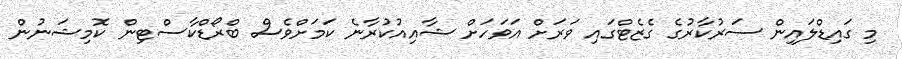
މި ގައިޑްލައިން ސަރުކާރުގެ ގެޒެޓްގައި ވަރަށް އަވަހަށް ޝާއިއުކުރާނެ ކަމަށްވެސް ބްރޯޑްކާސްޓިން ކޮމިޝަނުން